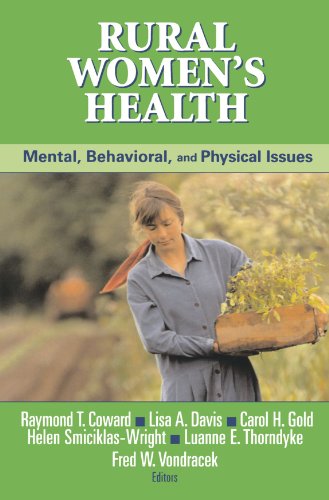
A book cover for Rural Women's Health: Mental, Behavioral, and Physical Issues; Medical Books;